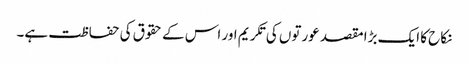
نکاح کا ایک بڑا مقصد عورتوں کی تکریم اور اس کے حقوق کی حفاظت ہے۔